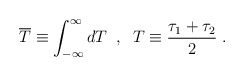
\begin{align*}\overline{T}\equiv\int_{-\infty}^\infty dT \;\; , \;\; T\equiv\frac{\tau_1+\tau_2}2 \; .\end{align*}